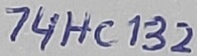
Text: 74HC132